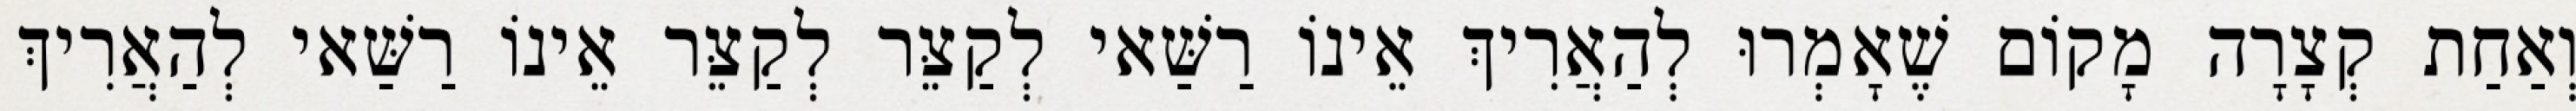
וְאַחַת קְצָרָה מָקוֹם שֶׁאָמְרוּ לְהַאֲרִיךְ אֵינוֹ רַשַּׁאי לְקַצֵּר לְקַצֵּר אֵינוֹ רַשַּׁאי לְהַאֲרִיךְ